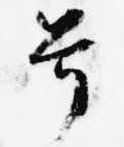
号